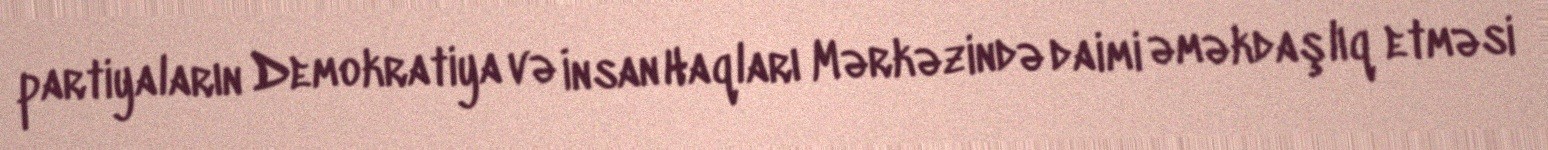
partiyaların Demokratiya və İnsan Haqları Mərkəzində daimi əməkdaşlıq etməsi